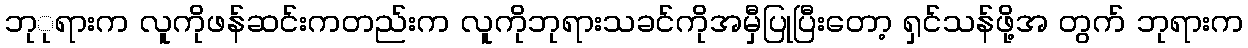
ဘုုရားက လူကိုဖန်ဆင်းကတည်းက လူကိုဘုရားသခင်ကိုအမှီပြုပြီးတော့ ရှင်သန်ဖို့အ တွက် ဘုရားက